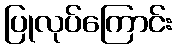
ပြုလုပ်ကြောင်း